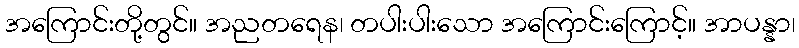
အကြောင်းတို့တွင်။ အညတရေန၊ တပါးပါးသော အကြောင်းကြောင့်။ အာပန္နာ၊